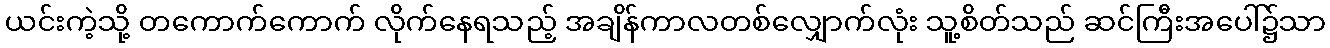
ယင်းကဲ့သို့ တကောက်ကောက် လိုက်နေရသည့် အချိန်ကာလတစ်လျှောက်လုံး သူ့စိတ်သည် ဆင်ကြီးအပေါ်၌သာ